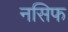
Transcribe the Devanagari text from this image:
नसिफ